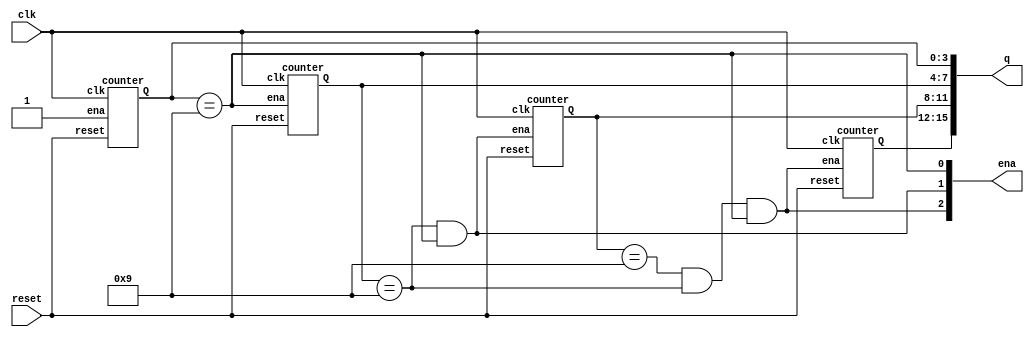
module top_module (
    input clk,
    input reset,   // Synchronous active-high reset
    output [3:1] ena,
    output [15:0] q);
    
    assign ena[1] = (q[3:0] == 4'd9);
    assign ena[2] = (q[7:4] == 4'd9 && q[3:0] == 4'd9);
    assign ena[3] = (q[11:8] == 4'd9 && q[7:4] == 4'd9 && q[3:0] == 4'd9);
    
    counter instance1 (clk, reset, 1'b1, q[3:0]); // This counter never has to wait for ena
    counter instance2 (clk, reset, ena[1], q[7:4]);
    counter instance3 (clk, reset, ena[2], q[11:8]);
    counter instance4 (clk, reset, ena[3], q[15:12]);

endmodule


// This counter counts single BCD digit from 0-9
module counter (input clk,
                input reset,
                input ena,
                output reg [3:0] Q);
    
    always @ (posedge clk)
        begin
            if (reset)
                Q <= 4'd0;
            else if (ena)
                begin
                    if (Q == 4'd9)
                        Q <= 4'd0;
                    else
                        Q <= Q + 4'd1;
                end
        end
endmodule